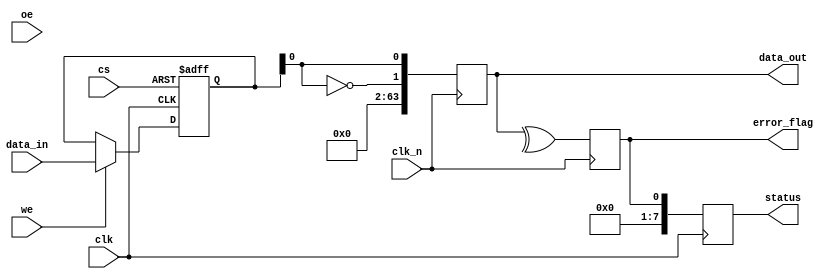
module gddr4_io_block (
    input wire clk,          // System clock
    input wire clk_n,        // Inverted clock
    input wire [63:0] data_in, // Data input (64 bits)
    output wire [63:0] data_out, // Data output (64 bits)
    input wire cs,          // Chip select
    input wire we,          // Write enable
    input wire oe,          // Output enable
    output wire error_flag, // Error flag for data integrity
    output wire [7:0] status // Status signals
);

// Parameters
parameter DATA_WIDTH = 64;
parameter ADDR_WIDTH = 32;

// Internal signals
reg [DATA_WIDTH-1:0] tx_data;
reg [DATA_WIDTH-1:0] rx_data;
reg error_detected;
reg [7:0] status_reg;

// Transmitter (TX)
always @(posedge clk or negedge cs) begin
    if (!cs) begin
        // Reset TX data on chip select
        tx_data <= 0;
    end else if (we) begin
        // Write data to TX
        tx_data <= data_in;
    end
end

// Differential signaling (simplified)
wire tx_p = tx_data[DATA_WIDTH-1:0]; // Positive differential signal
wire tx_n = ~tx_data[DATA_WIDTH-1:0]; // Negative differential signal

// Receiver (RX)
always @(posedge clk_n) begin
    // Simulate receiving data (for demonstration)
    rx_data <= {tx_n, tx_p}; // Simple deserialization
    // Error detection (simple parity check for demonstration)
    error_detected <= ^rx_data; // XOR for parity
end

// Output data and error flag
assign data_out = rx_data;
assign error_flag = error_detected;

// Status signals (for demonstration)
always @(posedge clk) begin
    status_reg <= {7'b0, error_detected}; // Last bit indicates error
end

assign status = status_reg;

endmodule